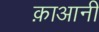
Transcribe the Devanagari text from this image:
क़ाआनी